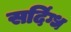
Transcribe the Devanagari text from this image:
सदिंग्ध